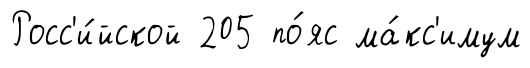
Росс'и́йской 205 по́яс ма́кс'имум